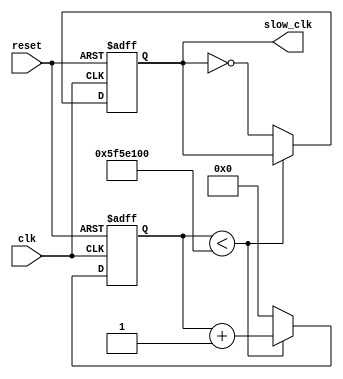
module clock_divider (clk, reset, slow_clk);
  input clk, reset;
  output slow_clk;
  
  reg slow_clk;
  reg [17:0]count;
  
  always @(posedge clk or posedge reset)
  begin
    if(reset)
      begin
        count <= 0;
        slow_clk <= 0;
      end
    else
      begin
        if(count < 100_000_000)
          count <= count + 1;
        else
          begin
            slow_clk = ~slow_clk;
            count <= 0;
          end
        end
      end
    endmodule
    
module clock_divider_dut();
  reg clk, reset;
  wire slow_clk;
  
  initial
  begin
    clk = 0;
    reset = 1; #100;
    reset = 0;
  end
  always
  #100
  clk = ~clk;
  
  clock_divider cd(clk, reset, slow_clk);

endmodule